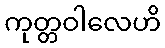
ကုတ္တဝါလေဟိ